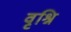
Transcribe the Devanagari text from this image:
वृश्नि